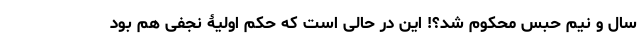
سال و نیم حبس محکوم شد؟! این در حالی است که حکم اولیۀ نجفی هم بود